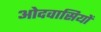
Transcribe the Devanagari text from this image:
ओदवासियों